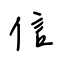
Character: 信